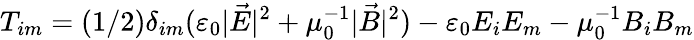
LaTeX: T_{im}=(1/2)\delta_{im}(\varepsilon_{0}|\vec{E}|^{2}+\mu_{0}^{-1}|\vec{B}|^{2})-\varepsilon_{0}E_{i}E_{m}-\mu_{0}^{-1}B_{i}B_{m}